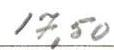
17,50